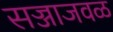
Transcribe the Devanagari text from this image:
सज्जाजवळ